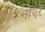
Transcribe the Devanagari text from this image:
नोएरे